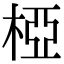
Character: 椏